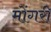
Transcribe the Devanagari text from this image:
मोंगरी